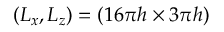
( L _ { x } , L _ { z } ) = ( 1 6 \pi h \times 3 \pi h )